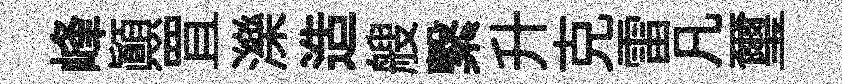
峰顚罝濼造艘繋升克雷凡璽